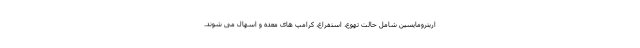
اریترومایسین شامل حالت تهوع، استفراغ، کرامپ های معده و اسهال می شوند.